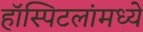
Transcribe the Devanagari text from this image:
हॉस्पिटलांमध्ये